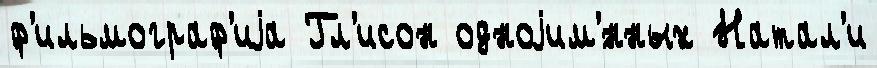
ф'ильмограф'иjа Гл'исон одноjим'́нных Натал'и